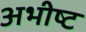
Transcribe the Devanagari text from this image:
अभीष्‍ट